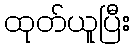
ထုတ်ယူပြီး